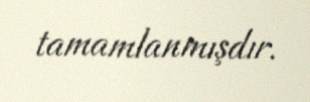
tamamlanmışdır.